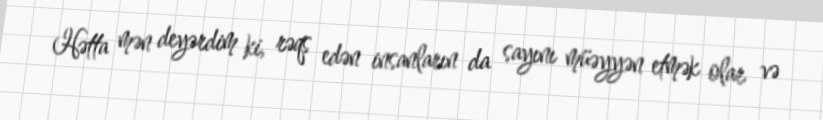
Hətta mən deyərdim ki, rəqs edən insanların da sayını müəyyən etmək olar və